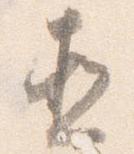
直